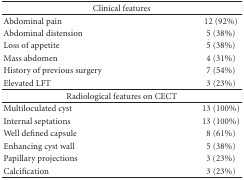
| <COLSPAN=2> Clinical features |
 | --- | --- |
 | Abdominal pain | 12 (92%) |
 | Abdominal distension | 5 (38%) |
 | Loss of appetite | 5 (38%) |
 | Mass abdomen | 4 (31%) |
 | History of previous surgery | 7 (54%) |
 | Elevated LFT | 3 (23%) |
 | <COLSPAN=2> Radiological features on CECT |
 | Multiloculated cyst | 13 (100%) |
 | Internal septations | 13 (100%) |
 | Well defined capsule | 8 (61%) |
 | Enhancing cyst wall | 5 (38%) |
 | Papillary projections | 3 (23%) |
 | Calcification | 3 (23%) |